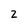
Character: 2